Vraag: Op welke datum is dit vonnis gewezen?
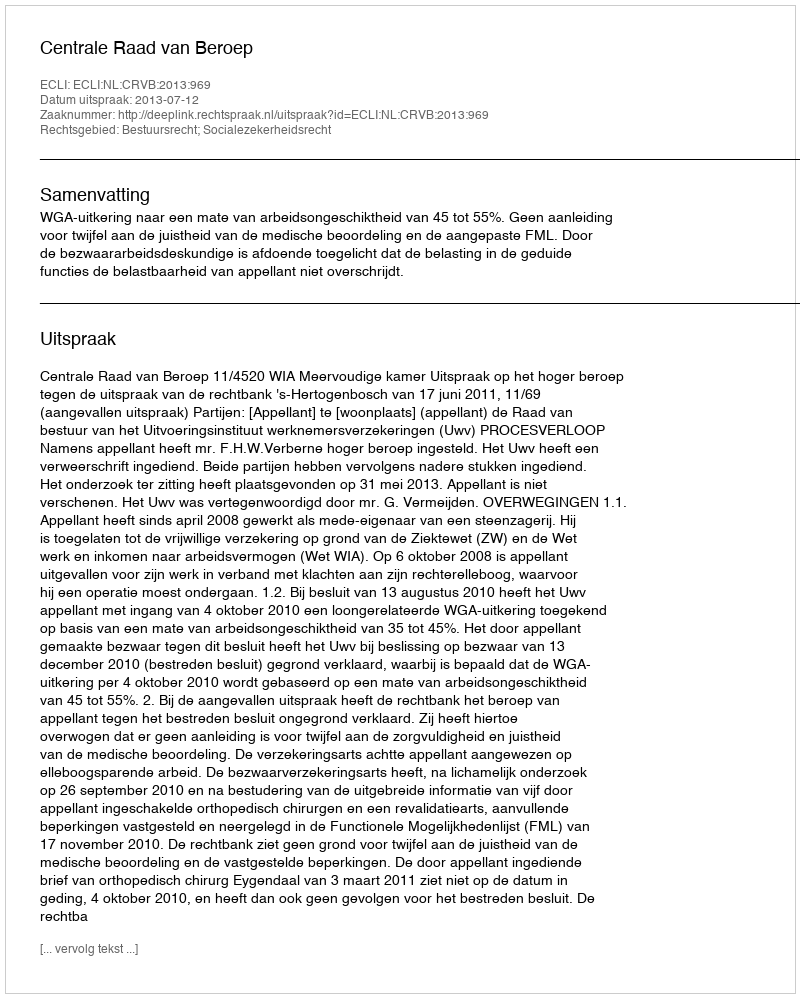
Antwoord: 2013-07-12